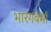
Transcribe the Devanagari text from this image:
भारगवर्मा